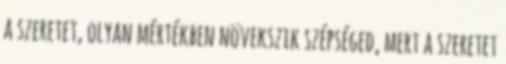
a szeretet, olyan mértékben növekszik szépséged, mert a szeretet